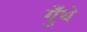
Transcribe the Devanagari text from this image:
गुँधे